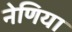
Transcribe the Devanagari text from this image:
नेणिया